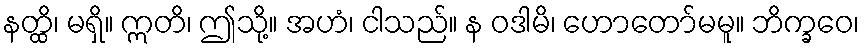
နတ္ထိ၊ မရှိ။ ဣတိ၊ ဤသို့။ အဟံ၊ ငါသည်။ န ဝဒါမိ၊ ဟောတော်မမူ။ ဘိက္ခဝေ၊